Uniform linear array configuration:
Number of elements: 4
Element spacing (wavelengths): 0.5
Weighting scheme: blackman
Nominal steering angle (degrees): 0
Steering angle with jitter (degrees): -1.848
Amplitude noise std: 0.05
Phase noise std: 0.05

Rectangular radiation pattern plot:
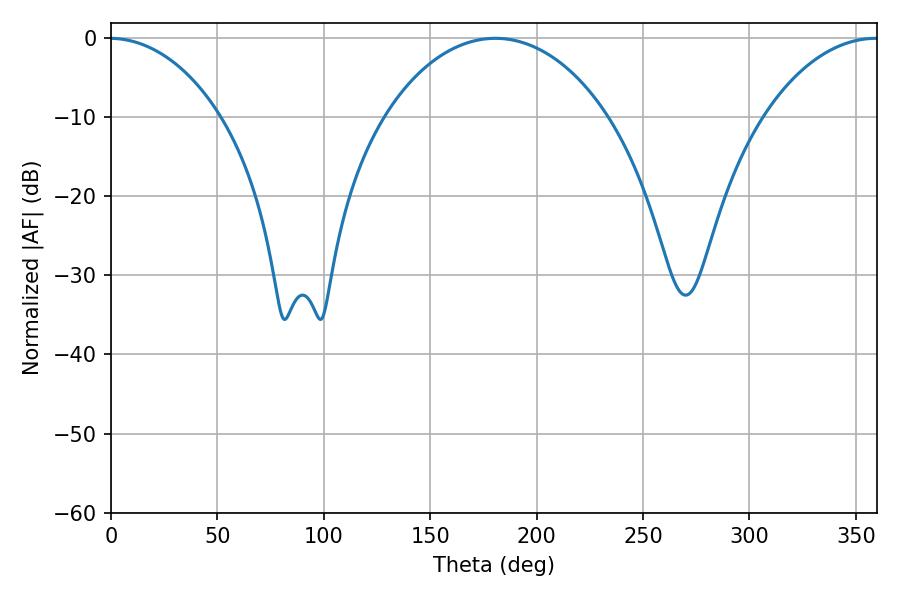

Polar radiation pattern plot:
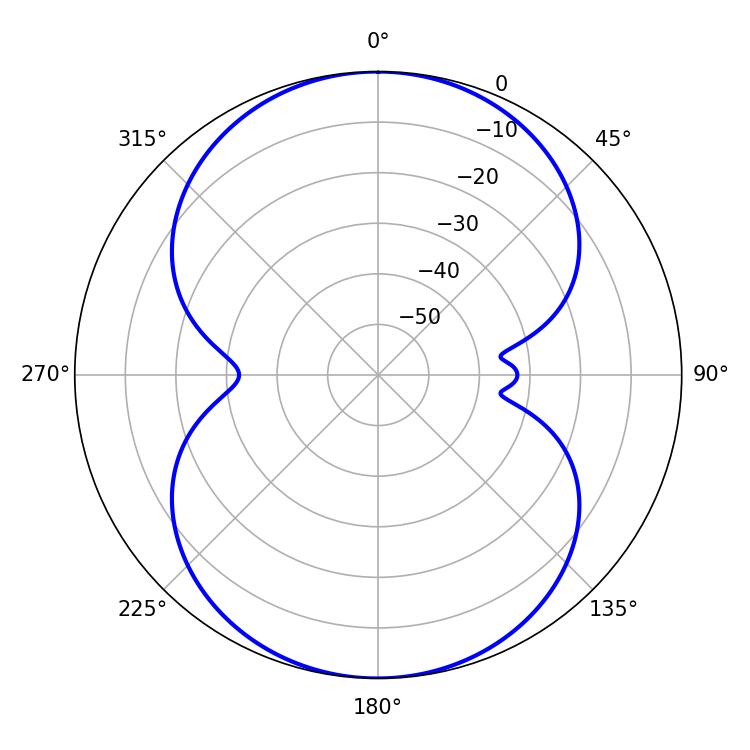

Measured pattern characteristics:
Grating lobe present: FALSE
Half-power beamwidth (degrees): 59.76
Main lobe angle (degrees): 180.54